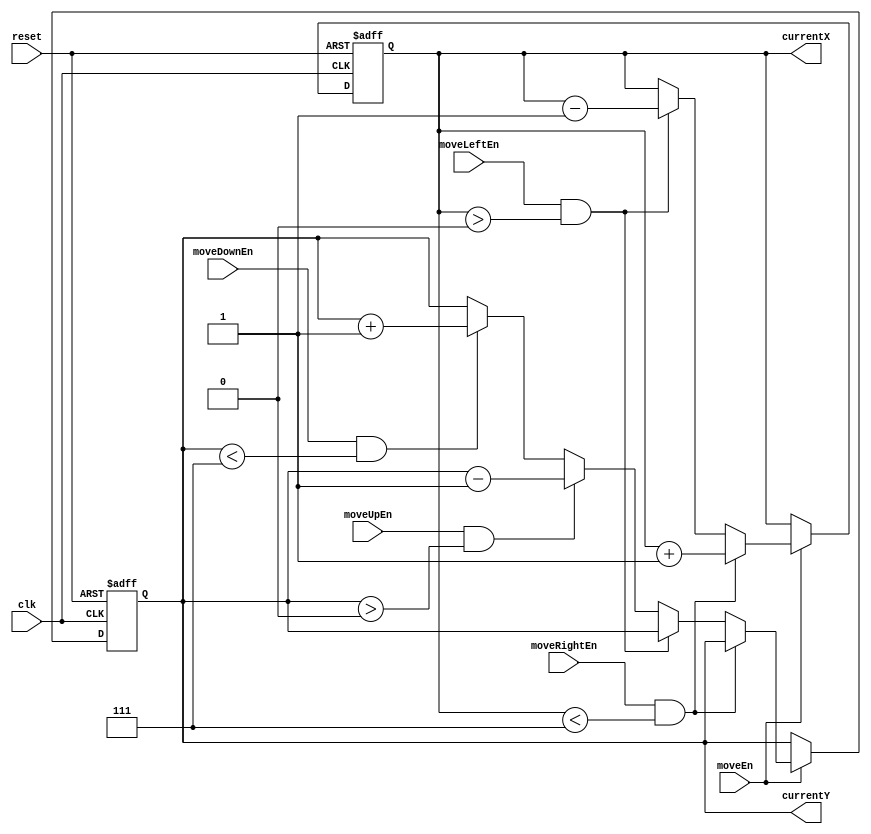
module PlayerLocation(
							input clk,
							input moveEn,
							input moveRightEn,
							input moveLeftEn,
							input moveUpEn,
							input moveDownEn,
							input reset,
							
							output reg [2:0] currentX,
							output reg [2:0] currentY
							);
	
	always @(posedge clk, posedge reset) begin
		if (reset) begin
			currentX <= 3'b100;
			currentY <= 3'b100;
		end else if (moveEn) begin
			if (moveRightEn && currentX < 3'b111) 
				currentX <= currentX + 1;
			else if (moveLeftEn && currentX > 3'b000)
				currentX <= currentX - 1;
			else if (moveUpEn && currentY > 3'b000)
				currentY <= currentY - 1;
			else if (moveDownEn && currentY < 3'b111)
				currentY <= currentY + 1;
		end
	end
			
endmodule